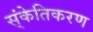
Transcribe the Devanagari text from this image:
स्ंकेतिकरण